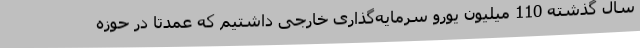
سال گذشته 110 میلیون یورو سرمایه‌گذاری خارجی داشتیم که عمدتا در حوزه